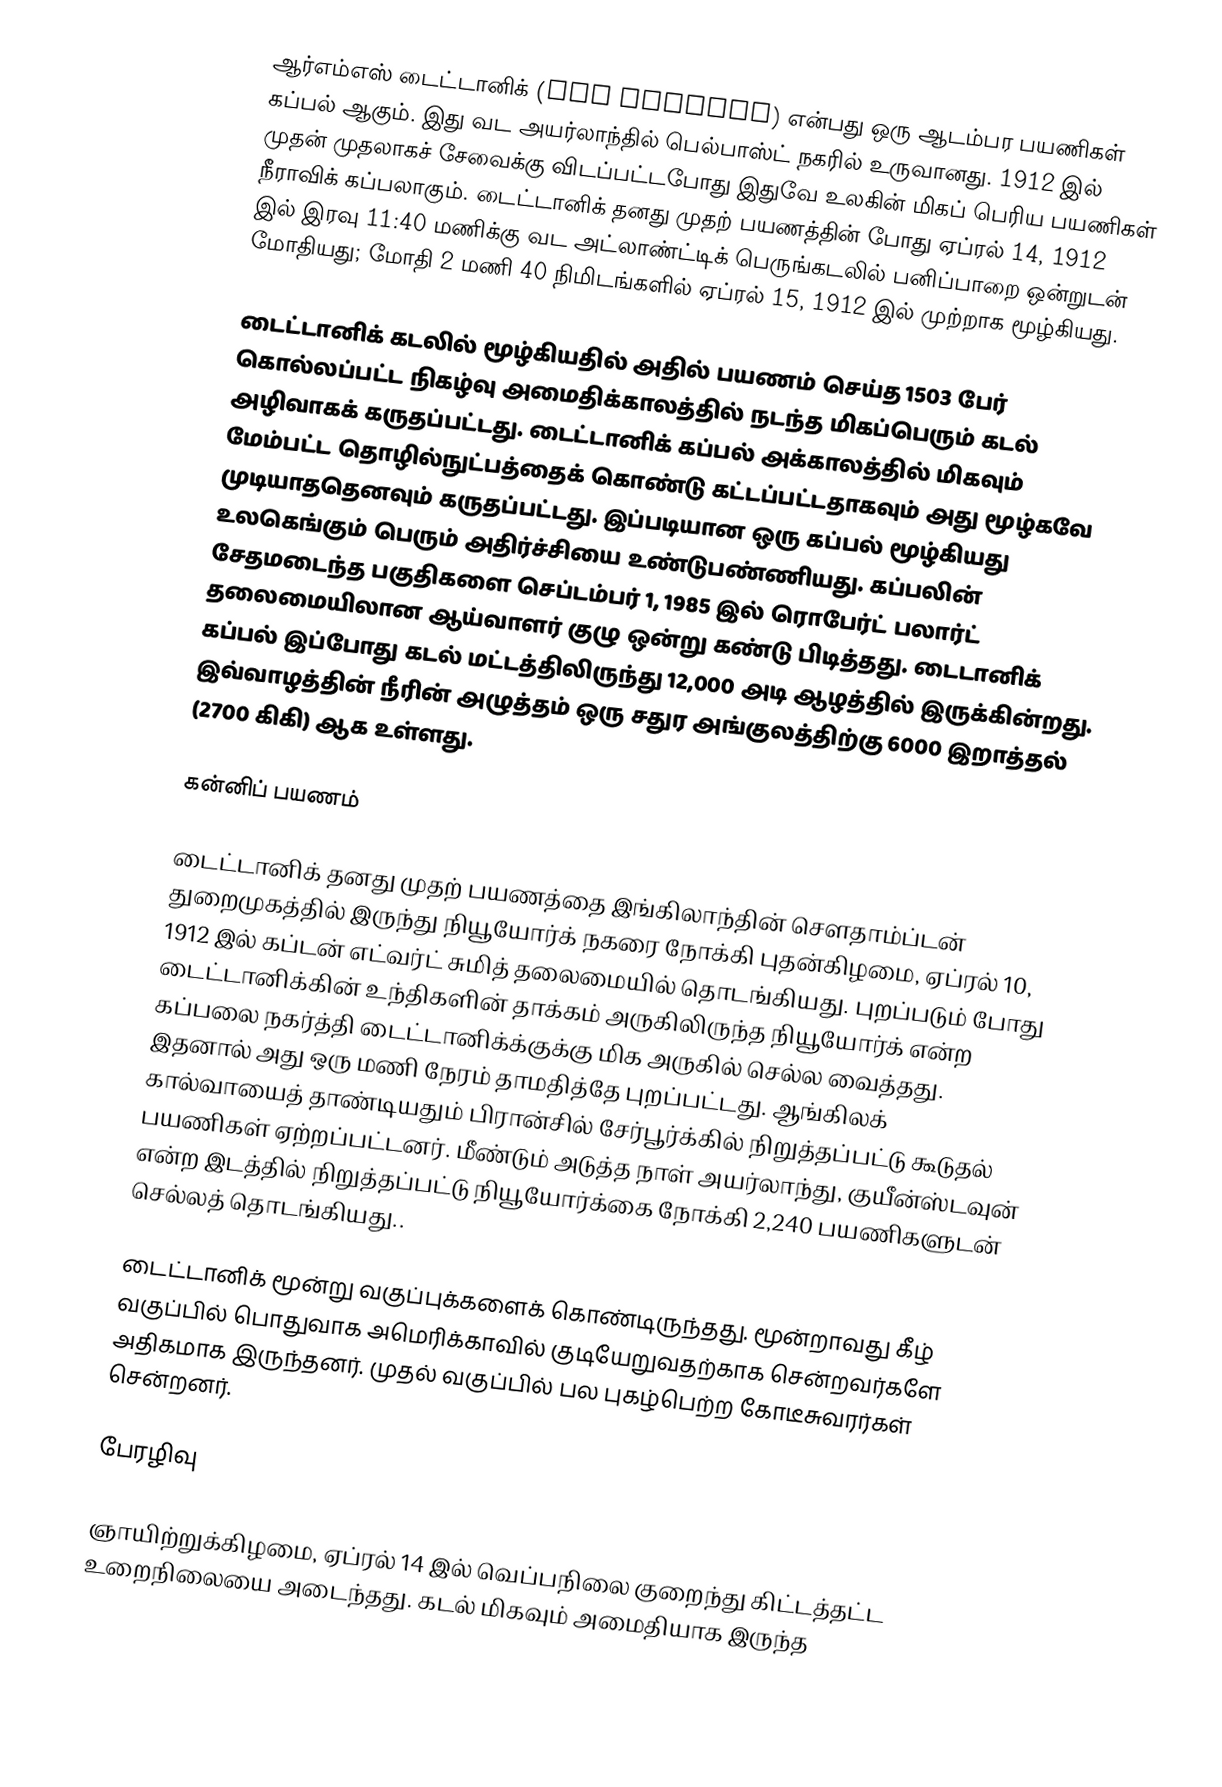
ஆர்எம்எஸ் டைட்டானிக் (RMS Titanic) என்பது ஒரு ஆடம்பர பயணிகள் கப்பல் ஆகும். இது வட அயர்லாந்தில் பெல்பாஸ்ட் நகரில் உருவானது. 1912 இல் முதன் முதலாகச் சேவைக்கு விடப்பட்டபோது இதுவே உலகின் மிகப் பெரிய பயணிகள் நீராவிக் கப்பலாகும். டைட்டானிக் தனது முதற் பயணத்தின் போது ஏப்ரல் 14, 1912 இல் இரவு 11:40 மணிக்கு வட அட்லாண்ட்டிக் பெருங்கடலில் பனிப்பாறை ஒன்றுடன் மோதியது; மோதி 2 மணி 40 நிமிடங்களில் ஏப்ரல் 15, 1912 இல் முற்றாக மூழ்கியது.

டைட்டானிக் கடலில் மூழ்கியதில் அதில் பயணம் செய்த 1503 பேர் கொல்லப்பட்ட நிகழ்வு அமைதிக்காலத்தில் நடந்த மிகப்பெரும் கடல் அழிவாகக் கருதப்பட்டது. டைட்டானிக் கப்பல் அக்காலத்தில் மிகவும் மேம்பட்ட தொழில்நுட்பத்தைக் கொண்டு கட்டப்பட்டதாகவும் அது மூழ்கவே முடியாததெனவும் கருதப்பட்டது. இப்படியான ஒரு கப்பல் மூழ்கியது உலகெங்கும் பெரும் அதிர்ச்சியை உண்டுபண்ணியது. கப்பலின் சேதமடைந்த பகுதிகளை செப்டம்பர் 1, 1985 இல் ரொபேர்ட் பலார்ட் தலைமையிலான ஆய்வாளர் குழு ஒன்று கண்டு பிடித்தது. டைடானிக் கப்பல் இப்போது கடல் மட்டத்திலிருந்து 12,000 அடி ஆழத்தில் இருக்கின்றது. இவ்வாழத்தின் நீரின் அழுத்தம் ஒரு சதுர அங்குலத்திற்கு 6000 இறாத்தல் (2700 கிகி) ஆக உள்ளது.

கன்னிப் பயணம்

டைட்டானிக் தனது முதற் பயணத்தை இங்கிலாந்தின் சௌதாம்ப்டன் துறைமுகத்தில் இருந்து நியூயோர்க் நகரை நோக்கி புதன்கிழமை, ஏப்ரல் 10, 1912 இல் கப்டன் எட்வர்ட் சுமித் தலைமையில் தொடங்கியது. புறப்படும் போது டைட்டானிக்கின் உந்திகளின் தாக்கம் அருகிலிருந்த நியூயோர்க் என்ற கப்பலை நகர்த்தி டைட்டானிக்க்குக்கு மிக அருகில் செல்ல வைத்தது. இதனால் அது ஒரு மணி நேரம் தாமதித்தே புறப்பட்டது. ஆங்கிலக் கால்வாயைத் தாண்டியதும் பிரான்சில் சேர்பூர்க்கில் நிறுத்தப்பட்டு கூடுதல் பயணிகள் ஏற்றப்பட்டனர். மீண்டும் அடுத்த நாள் அயர்லாந்து, குயீன்ஸ்டவுன் என்ற இடத்தில் நிறுத்தப்பட்டு நியூயோர்க்கை நோக்கி 2,240 பயணிகளுடன் செல்லத் தொடங்கியது..

டைட்டானிக் மூன்று வகுப்புக்களைக் கொண்டிருந்தது. மூன்றாவது கீழ் வகுப்பில் பொதுவாக அமெரிக்காவில் குடியேறுவதற்காக சென்றவர்களே அதிகமாக இருந்தனர். முதல் வகுப்பில் பல புகழ்பெற்ற கோடீசுவரர்கள் சென்றனர்.

பேரழிவு

ஞாயிற்றுக்கிழமை, ஏப்ரல் 14 இல் வெப்பநிலை குறைந்து கிட்டத்தட்ட உறைநிலையை அடைந்தது. கடல் மிகவும் அமைதியாக இருந்த